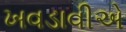
ખવડાવીએ